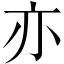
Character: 亦